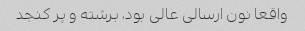
واقعا نون ارسالی عالی بود، برشته و پر کنجد